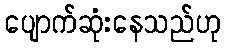
ပျောက်ဆုံးနေသည်ဟု